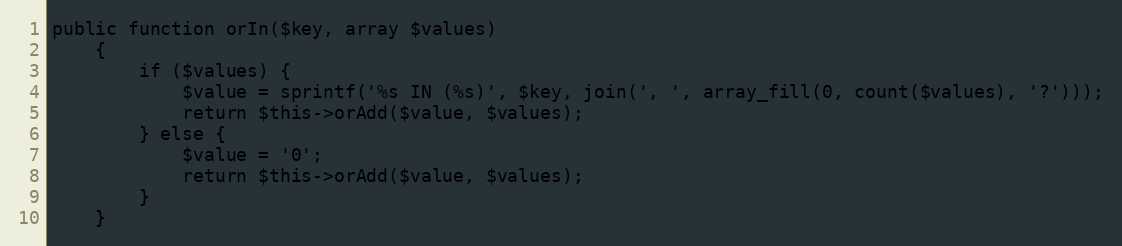
Language: PHP
public function orIn($key, array $values)
    {
        if ($values) {
            $value = sprintf('%s IN (%s)', $key, join(', ', array_fill(0, count($values), '?')));
            return $this->orAdd($value, $values);
        } else {
            $value = '0';
            return $this->orAdd($value, $values);
        }
    }